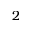
2